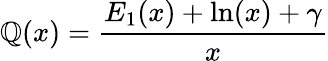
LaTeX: \mathbb{Q}(x)=\frac{{E_{1}(x)+\ln(x)+\gamma}}{{x}}